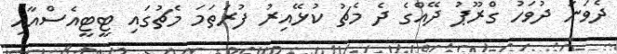
ދެވަނަ ދުވަހު ގްރޫޕު ދޭއްގެ ދެ މެޗު ކުޅޭއިރު ފުރަތަމަ މެޗުގައި ޓީޓީއެސްއާއި